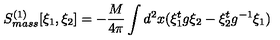
S _ { m a s s } ^ { ( 1 ) } [ \xi _ { 1 } , \xi _ { 2 } ] = - \frac { M } { 4 \pi } \int d ^ { 2 } x ( \xi _ { 1 } ^ { t } g \xi _ { 2 } - \xi _ { 2 } ^ { t } g ^ { - 1 } \xi _ { 1 } )